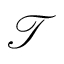
\mathcal { T }